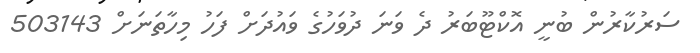
ސަރުކާރުން ބުނީ އޮކްޓޫބަރު ދެ ވަނަ ދުވަހުގެ ވައުދަށް ފަހު މިހާތަނަށް 503143